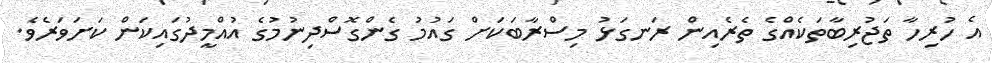
އެ ހުރިހާ ތަޖުރިބާތަކެއްގެ ތެރެއިން ރަނގަޅު މިސްރާބަކަށް ގައުމު ގެންގޮސްދިނުމުގެ އުއްމީދުގައިކަން ކަށަވަރެވެ.